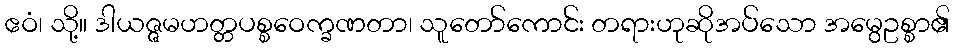
ဧဝံ၊ သို့။ ဒါယဇ္ဇမဟတ္တပစ္စဝေက္ခဏတာ၊ သူတော်ကောင်း တရားဟုဆိုအပ်သော အမွေဥစ္စာ၏